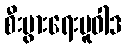
စီးပွားရေးမူဝါဒ